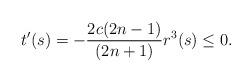
LaTeX: \begin{align*}t'(s)=-\frac{2c(2n-1)}{(2n+1)}r^{3}(s)\leq 0.\end{align*}